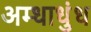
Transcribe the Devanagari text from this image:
अम्धाधुंध